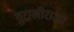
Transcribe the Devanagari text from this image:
गुराखीराजा